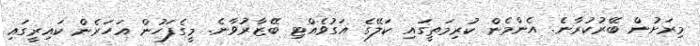
މިރަށުން ބޭރުކުރާނެ. އެންމެން ކުރިމަތީގައި ކަލޭގެ އަގުވެއްޓި ބޭޒާރުވާނެ. މީގެފަހުން އަހަރެން ކައިރީގައި